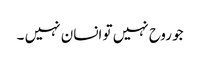
جو روح نہیں تو انسان نہیں ۔